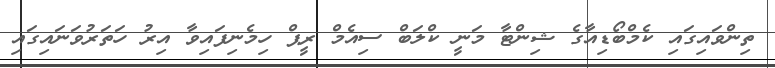
ތިންވަައިގައި ކެމްބޯޑިއާގެ ޝިންޓާ މަނީ ކްލަބް ސިއެމް ރީޕް ހިމެނިފައިވާ އިރު ހަތަރުވަނައިގައި